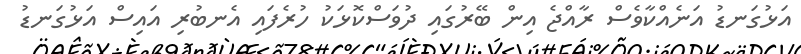
އަޅުގަނޑު އަނެއްކާވެސް ރާއްޖެ އިން ބޭރުގައި ދުވަސްކޮޅަކު ހުރެފައި އެނބުރި އައިސް އަޅުގަނޑު